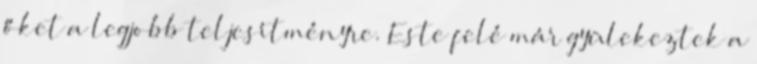
őket a legjobb teljesítményre. Este felé már gyülekeztek a